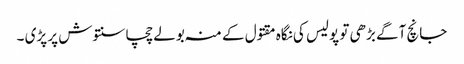
جانچ آگے بڑھی تو پولیس کی نگاہ مقتول کے منہ بولے چچا سنتوش پر پڑی ۔